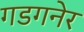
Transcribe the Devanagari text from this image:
गडगनेर